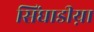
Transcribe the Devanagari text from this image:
सिंघाडीय़ा